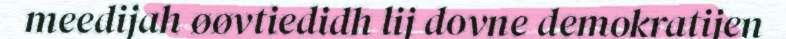
meedijah øøvtiedidh lij dovne demokratijen